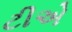
ટીએ